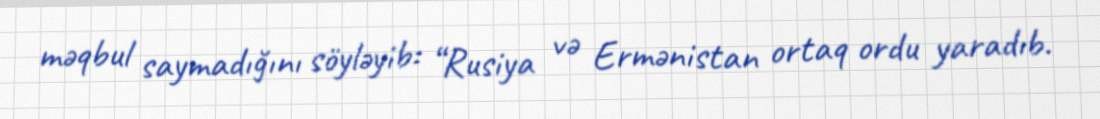
məqbul saymadığını söyləyib: “Rusiya və Ermənistan ortaq ordu yaradıb.